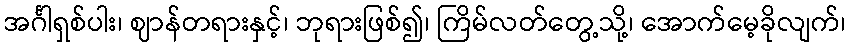
အင်္ဂါရှစ်ပါး၊ ဈာန်တရားနှင့်၊ ဘုရားဖြစ်၍၊ ကြိမ်လတ်တွေ့သို့၊ အောက်မေ့ခိုလျက်၊